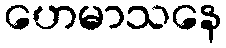
ဟေမာသနေ